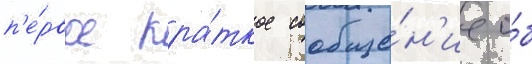
п'е́рвое кра́ткое сообще́н'ие о́б